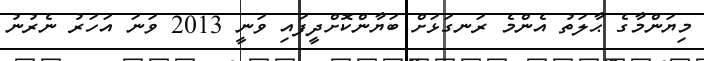
މިޔަންމާގެ ޙާލަތު އެންމެ ރަނގަޅަށް ބަޔާންކޮށްދީފައި ވަނީ 2013 ވަނަ އަހަރު ނެރުނު